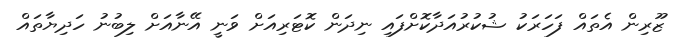
ޒޫރިން އެތައް ފަހަރަކު ޝުކުރުއަދާކޮށްފައި ނިދަން ކޮޓަރިއަށް ވަނީ އޭނާއަށް ލިބުނު ހަދިޔާތައް